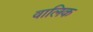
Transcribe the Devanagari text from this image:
वालिक